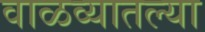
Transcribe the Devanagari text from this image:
वाळव्यातल्या